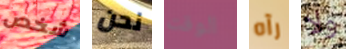
شخص نحن الوقت رآه ولا